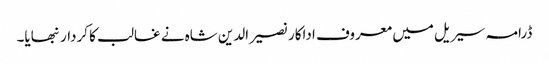
ڈرامہ سیریل میں معروف اداکار نصیرالدین شاہ نے غالب کا کردار نبھایا۔